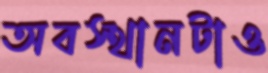
অবস্থানটাও